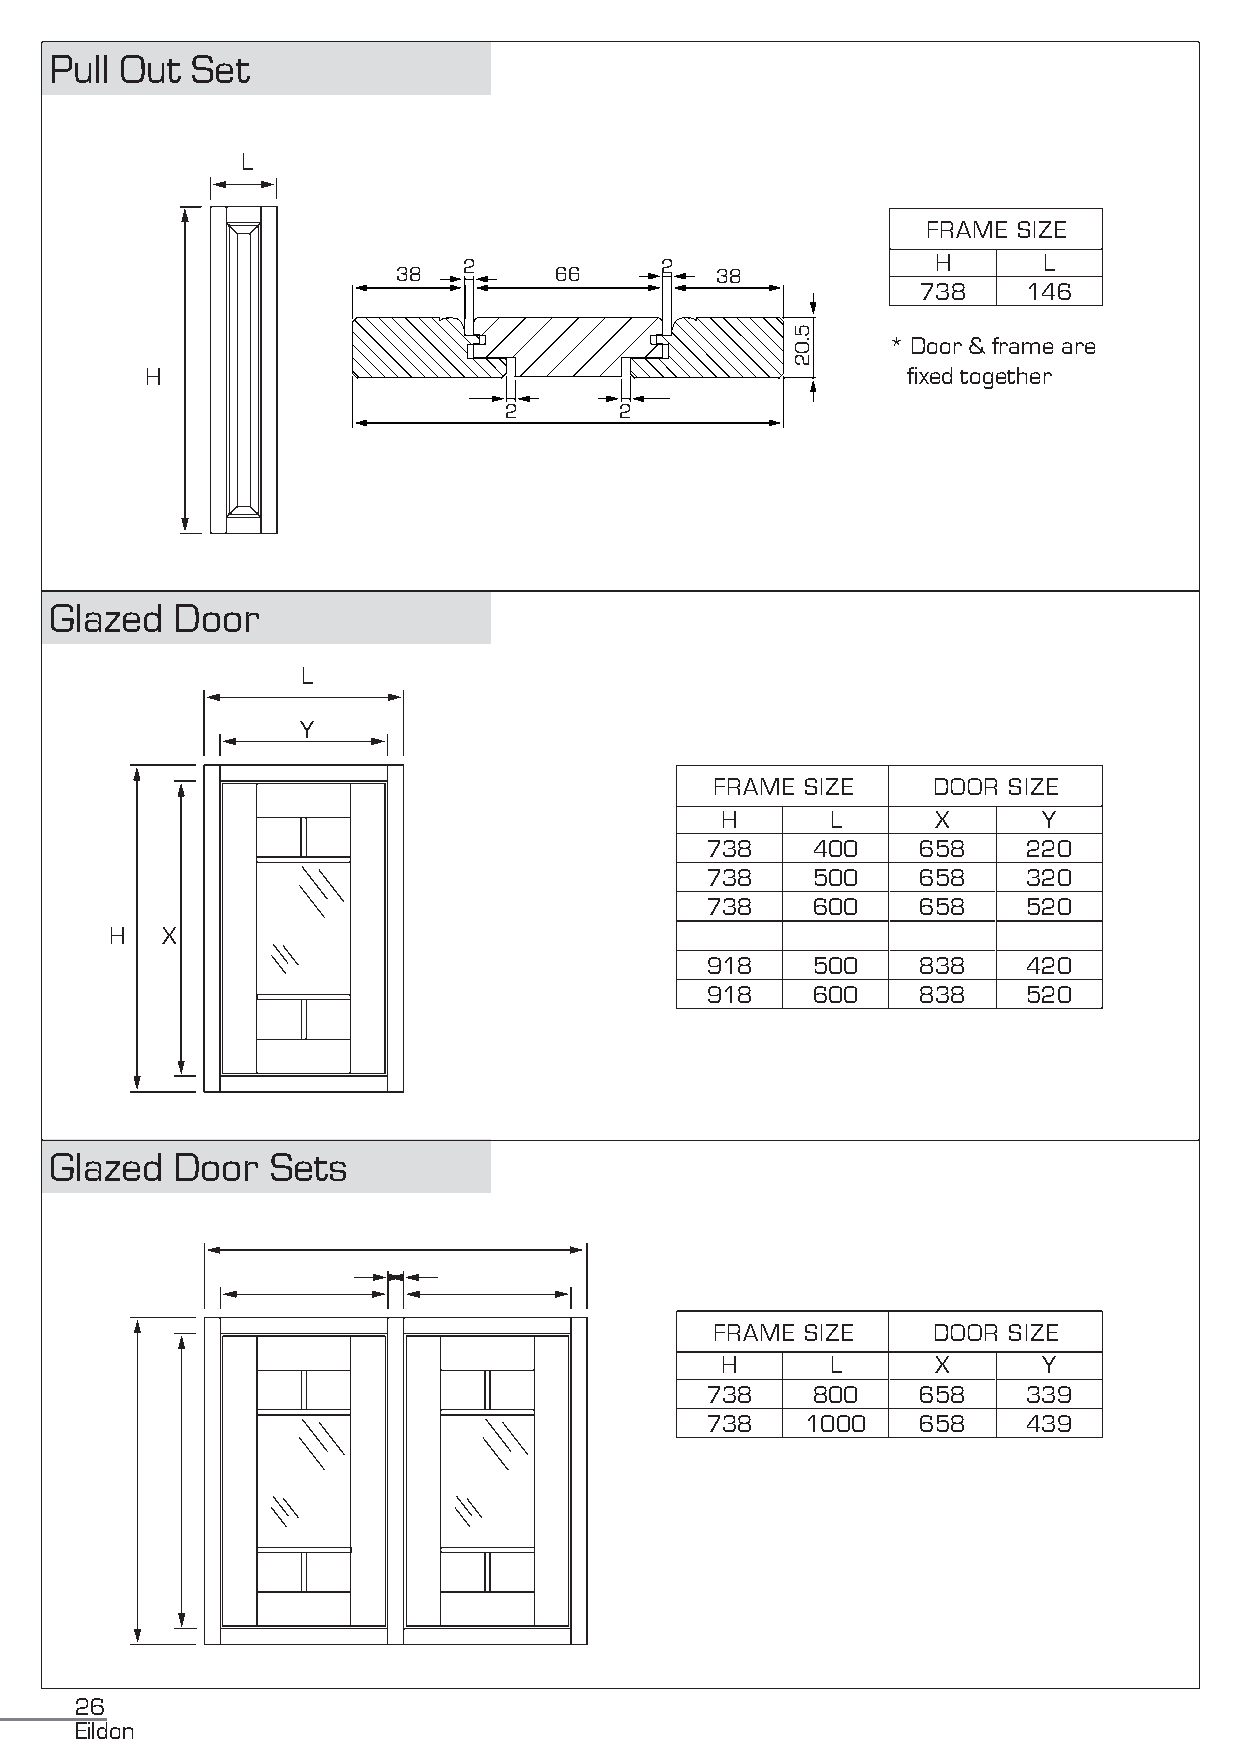
Pull Out  Set
 L
 FRAME SIZE
 2            2                 H      L
 38         66        38
 738    146
 * Door & frame are
 H                                                 fixed together
 2       2
 Glazed  Door
 L
 Y
 FRAME SIZE     DOOR SIZE
 H      L      X      Y
 738    400    658    220
 738    500    658    320
 738    600    658    520
 H   X
 918    500    838    420
 918    600    838    520
 Glazed  Door   Sets
 FRAME SIZE     DOOR SIZE
 H      L      X      Y
 738    800    658    339
 738   1000    658    439
 26
 Eildon
 5.02